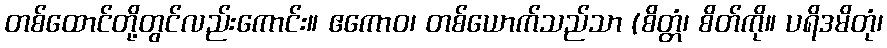
တစ်ထောင်တို့တွင်လည်းကောင်း။ ဧကောဝ၊ တစ်ယောက်သည်သာ (စိတ္တံ၊ စိတ်ကို။ ပရိဒမိတုံ၊